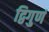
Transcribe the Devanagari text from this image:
द्विगुणं